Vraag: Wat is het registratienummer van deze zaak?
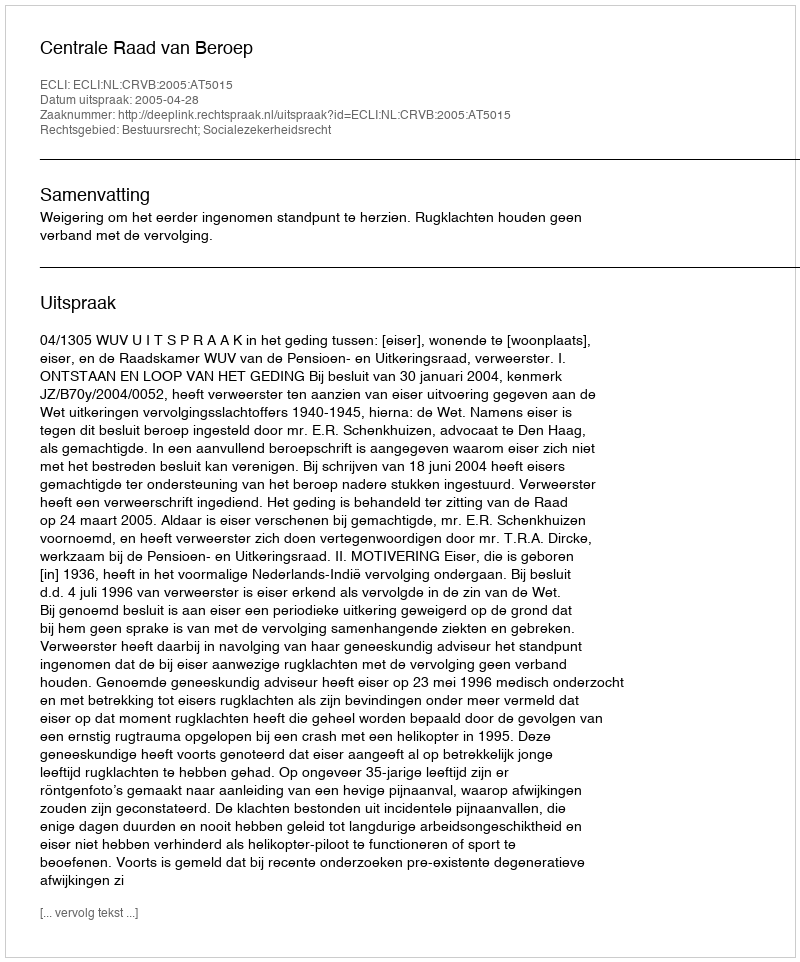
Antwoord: http://deeplink.rechtspraak.nl/uitspraak?id=ECLI:NL:CRVB:2005:AT5015